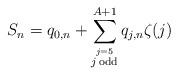
LaTeX: \begin{align*}S_n= q_{0,n}+\sum_{\stackrel{j=5}{j\, \textup{odd}}}^{A+1} q_{j,n} \zeta(j)\end{align*}